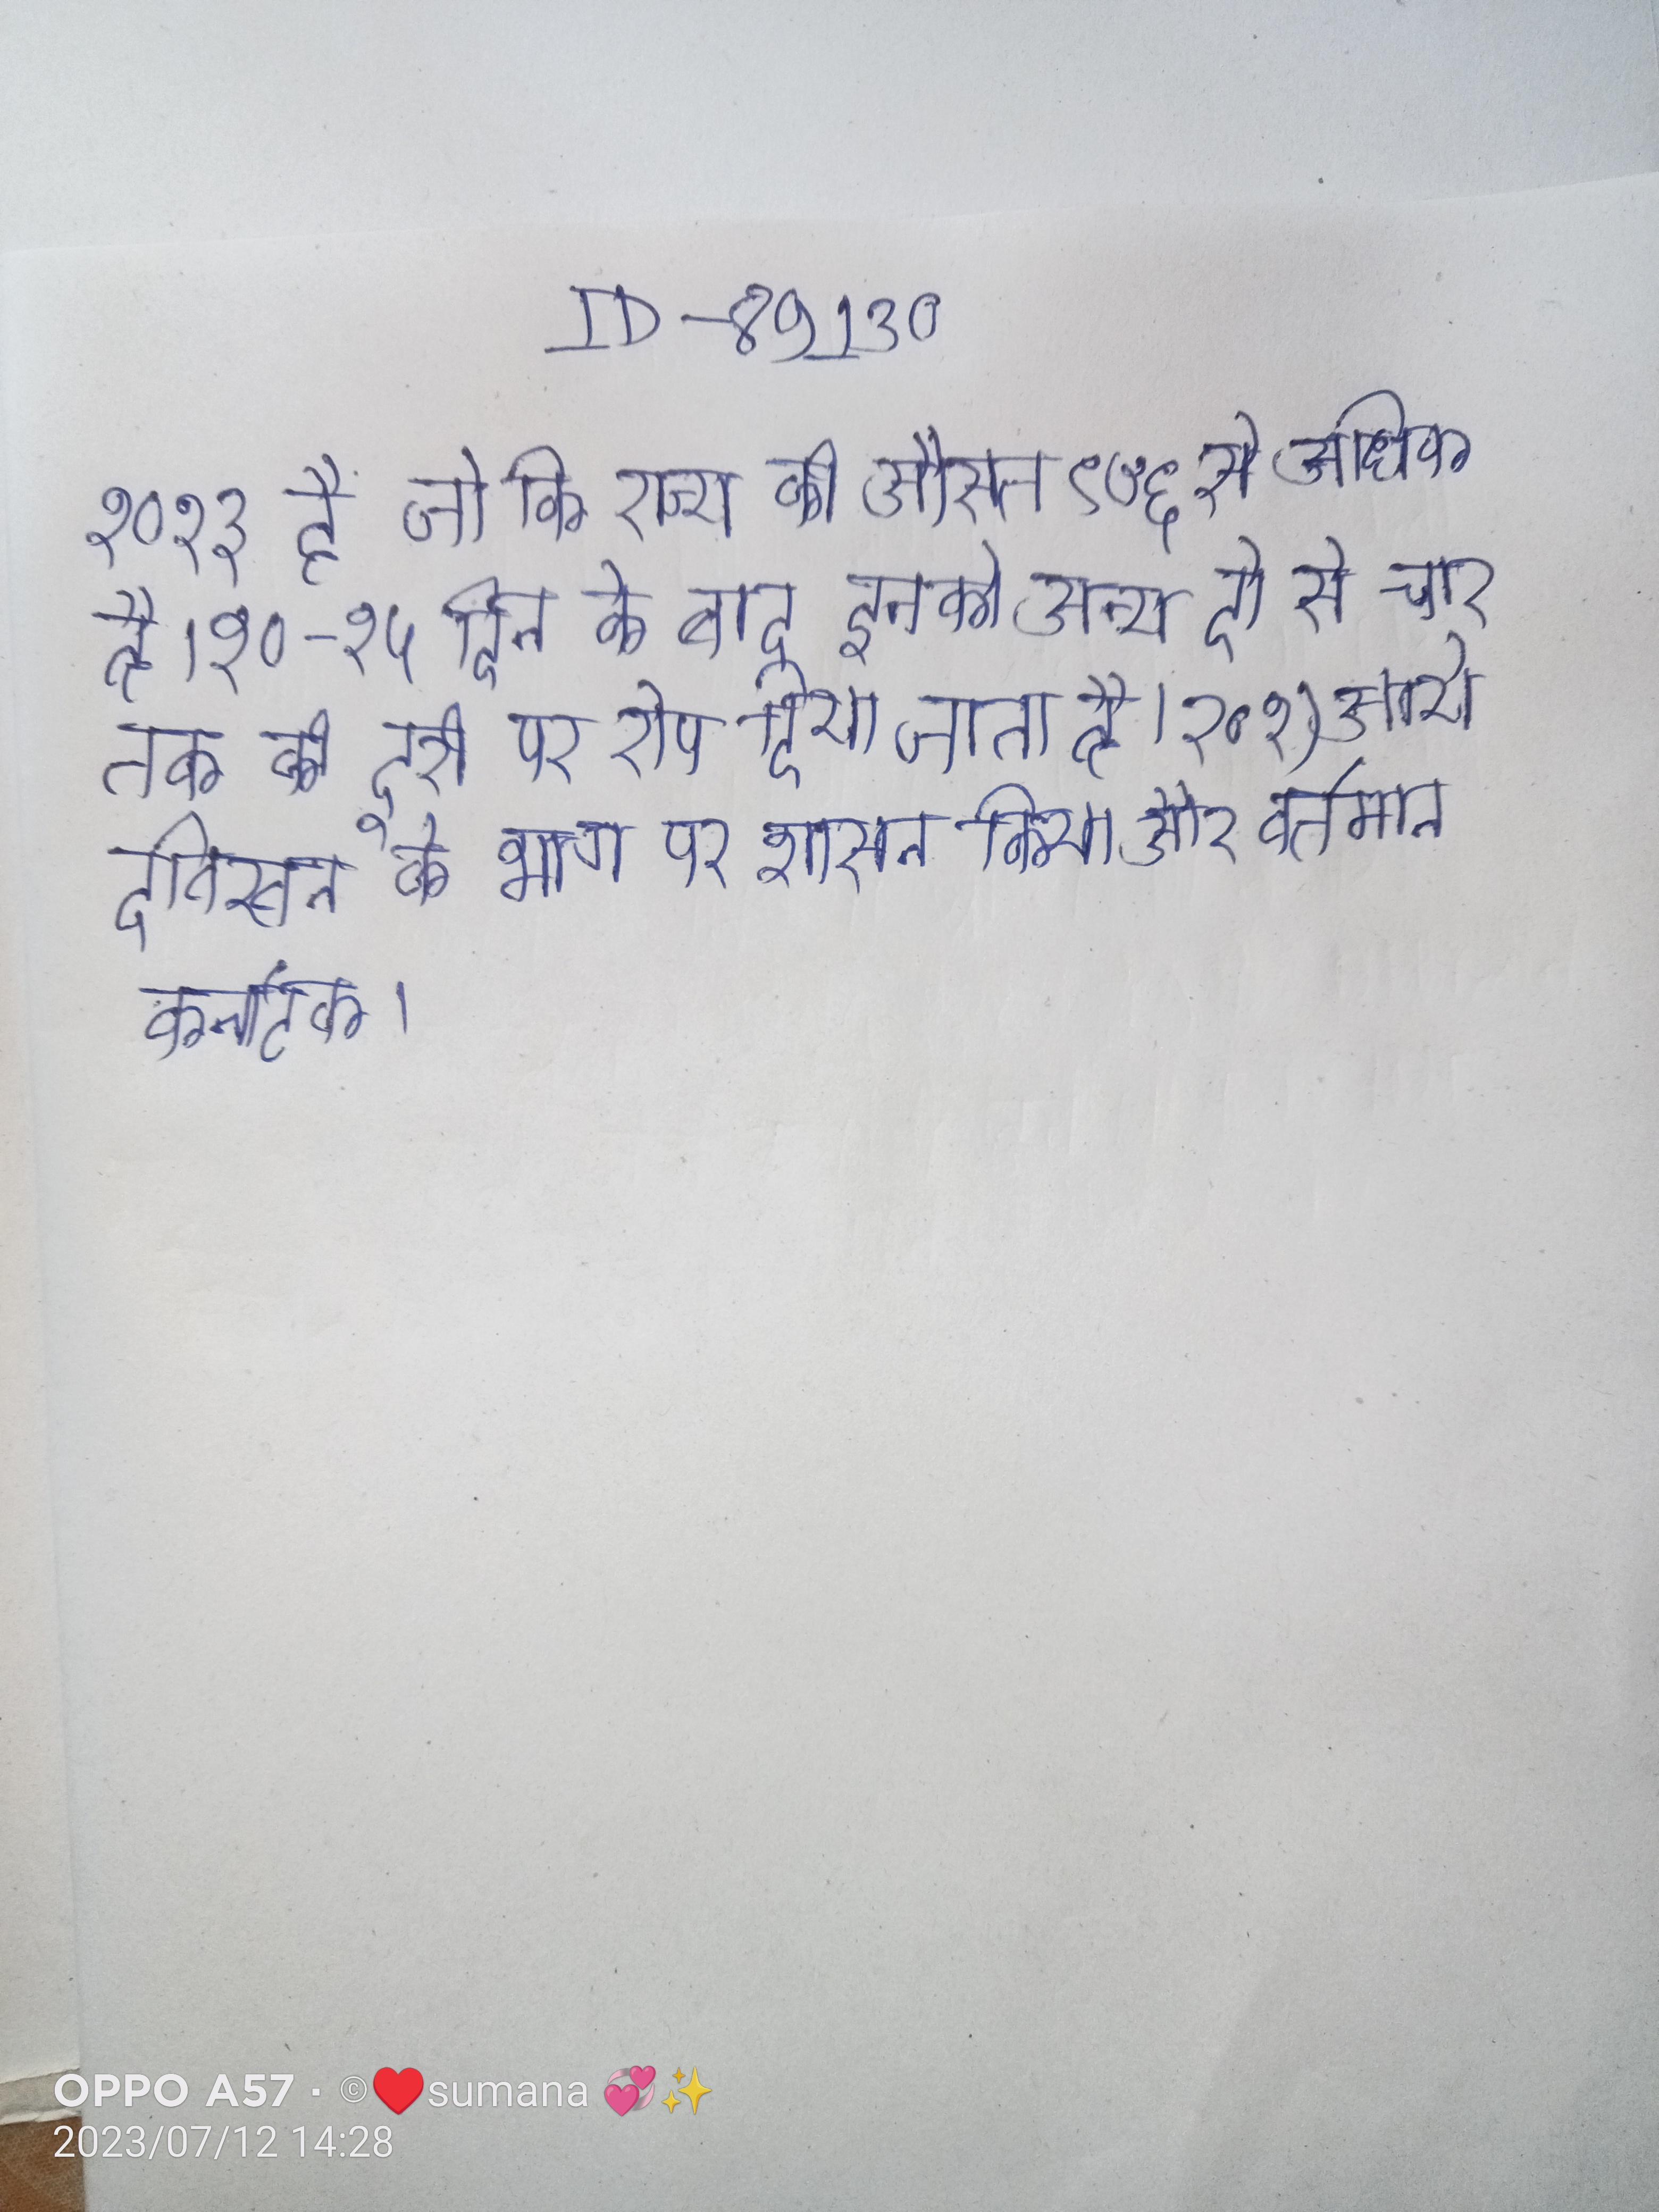
१०१३ है जो कि राज्य की औसत ९७६ से अधिक है । १०-१५ दिन के बाद इनको अन्य दो से चार तक की दूरी पर रोप दिया जाता है । १०१) आये दक्खिन के भाग पर शासन किया और वर्तमान कर्नाटक ।